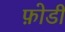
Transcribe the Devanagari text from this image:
फ़ोडी